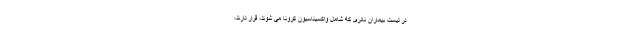
در لیست بیماران نادری که شامل واکسیناسیون کرونا می شوند، قرار دارند،